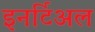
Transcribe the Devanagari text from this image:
इनर्टिअल